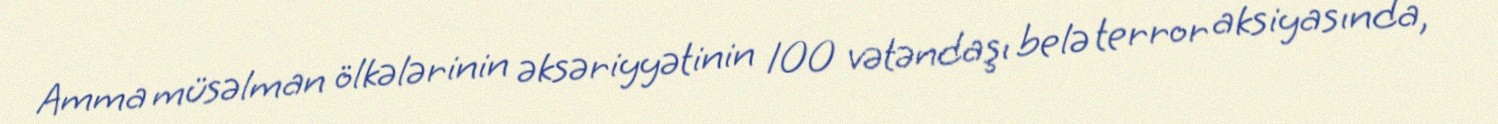
Amma müsəlman ölkələrinin əksəriyyətinin 100 vətəndaşı belə terror aksiyasında,